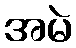
အမဲ